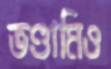
ভণ্ডামিও